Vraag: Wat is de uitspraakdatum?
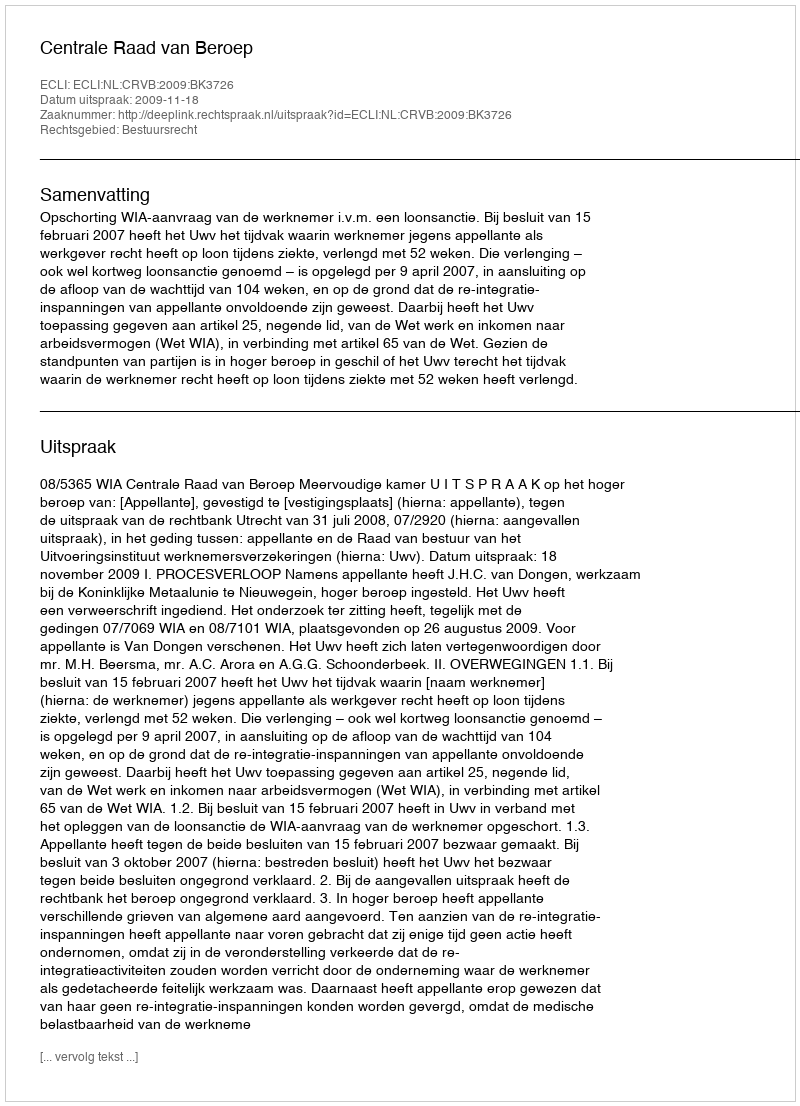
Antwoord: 2009-11-18